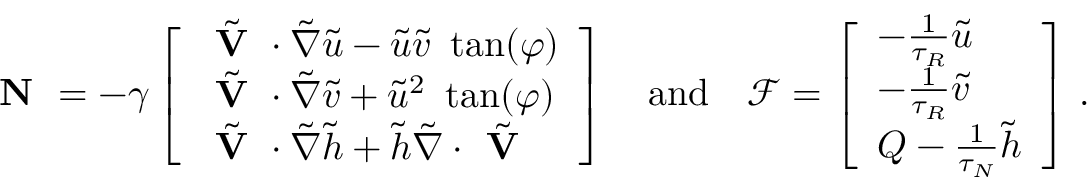
\textbf { N } = - \gamma \left[ \begin{array} { l } { \Tilde { \textbf { V } } \cdot \Tilde { \nabla } \Tilde { u } - \Tilde { u } \Tilde { v } \ \tan ( \varphi ) } \\ { \Tilde { \textbf { V } } \cdot \Tilde { \nabla } \Tilde { v } + \Tilde { u } ^ { 2 } \ \tan ( \varphi ) } \\ { \Tilde { \textbf { V } } \cdot \Tilde { \nabla } \Tilde { h } + \Tilde { h } \Tilde { \nabla } \cdot \Tilde { \textbf { V } } } \end{array} \right] \quad \mathrm { a n d } \quad \mathcal { F } = \left[ \begin{array} { l } { - \frac { 1 } { \tau _ { R } } \Tilde { u } } \\ { - \frac { 1 } { \tau _ { R } } \Tilde { v } } \\ { Q - \frac { 1 } { \tau _ { N } } \Tilde { h } } \end{array} \right] \, .